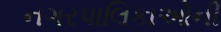
નગરપાલિકાઓની